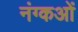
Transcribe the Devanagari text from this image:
नंग्‍कओं